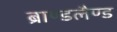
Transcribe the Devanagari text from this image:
ब्राण्डलैण्ड